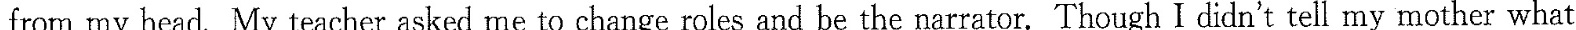
from my head. My teacher asked e to change roles and be the narrator, Though I didn't tell my mother what